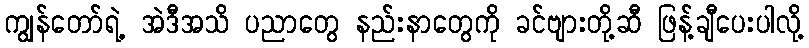
ကျွန်တော်ရဲ့ အဲဒီအသိ ပညာတွေ နည်းနာတွေကို ခင်ဗျားတို့ဆီ ဖြန့်ချီပေးပါလို့